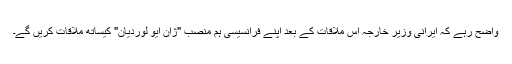
واضح رہے کہ ایرانی وزیر خارجہ اس ملاقات کے بعد اپنے فرانسیسی ہم منصب "ژان ایو لوردیان" کیساتھ ملاقات کریں گے۔